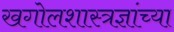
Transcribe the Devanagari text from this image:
खगोलशास्त्रज्ञांच्या